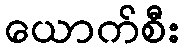
ယောက်စီး